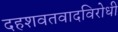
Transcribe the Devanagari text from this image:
दहशवतवादविरोधी